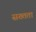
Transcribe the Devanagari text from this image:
सख्तता